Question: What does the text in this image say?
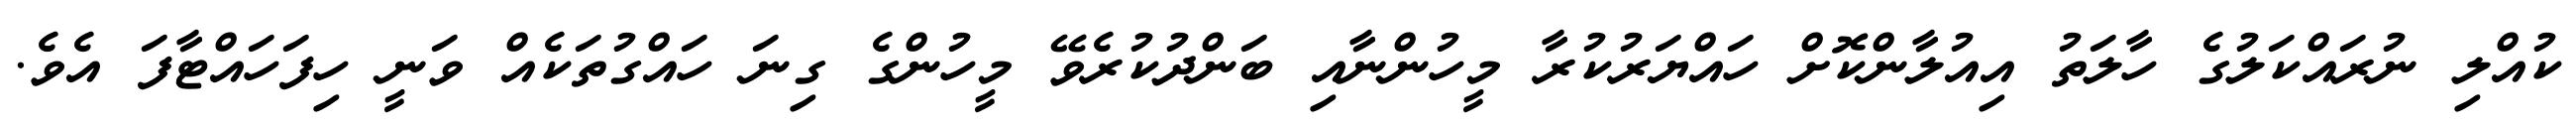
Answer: ކުއްލި ނުރައްކަލުގެ ހާލަތު އިއުލާންކޮށް ހައްޔަރުކުރާ މީހުންނާއި ބަންދުކުރެވޭ މީހުންގެ ގިނަ ހައްގުތަކެއް ވަނީ ހިފަހައްޓާފަ އެވެ.